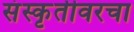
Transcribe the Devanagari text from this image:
संस्कृतीवरचा